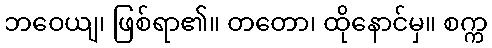
ဘဝေယျ၊ ဖြစ်ရာ၏။ တတော၊ ထိုနောင်မှ။ စက္က